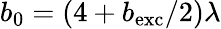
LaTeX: b_{0}=(4+b_{\mathrm{exc}}/2)\lambda